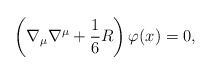
\begin{align*}\left( \nabla _{\mu }\nabla ^{\mu }+\frac{1}{6} R\right) \varphi(x)=0, \end{align*}